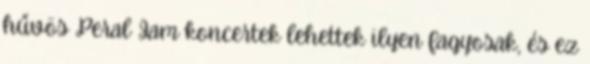
hűvös Peral Jam koncertek lehettek ilyen fagyosak, és ez